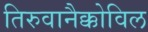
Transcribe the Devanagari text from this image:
तिरुवानैक्कोविल